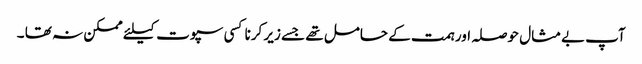
آپ بےمثال حوصلہ اور ہمت کے حامل تھے جسے زیر کرنا کسی سپوت کیلئے ممکن نہ تھا ۔